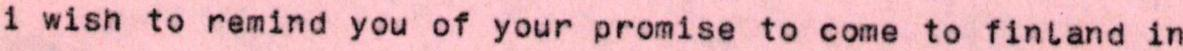
i wish to remind you of your promise to come to finland in